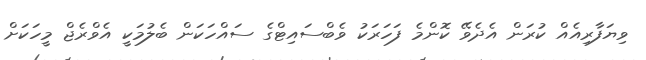
ވިޔަފާރިއެއް ކުރަން އެދެވޭ ކޮންމެ ފަހަރަކު ވެބްސައިޓްގެ ސައްހަކަން ބެލުމަކީ އެވްރެޖް މީހަކަށް